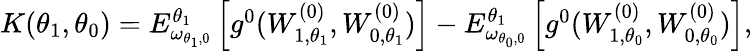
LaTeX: \begin{array}{r}{K(\theta_{1},\theta_{0})=E_{\omega_{\theta_{1},0}}^{\theta_{1}}\left[g^{0}(W_{1,\theta_{1}}^{(0)},W_{0,\theta_{1}}^{(0)})\right]-E_{\omega_{\theta_{0},0}}^{\theta_{1}}\left[g^{0}(W_{1,\theta_{0}}^{(0)},W_{0,\theta_{0}}^{(0)})\right],}\end{array}